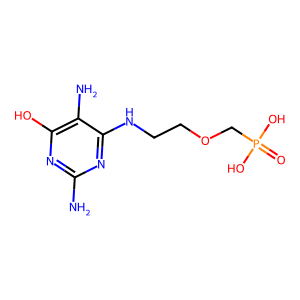
SMILES: Nc1nc(O)c(N)c(NCCOCP(=O)(O)O)n1
Inhibits HIV replication: No